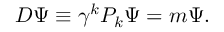
D \Psi \equiv \gamma ^ { k } P _ { k } \Psi = m \Psi .